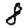
Digit: 8